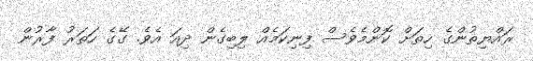
ރައްޔިތުންގެ ހިތަށް ކޮންމެވެސް ފިނިކަމެއް ލިބިގެން ދިއަ އެވެ. ގޭގެ ހަތަރު ފާރުން